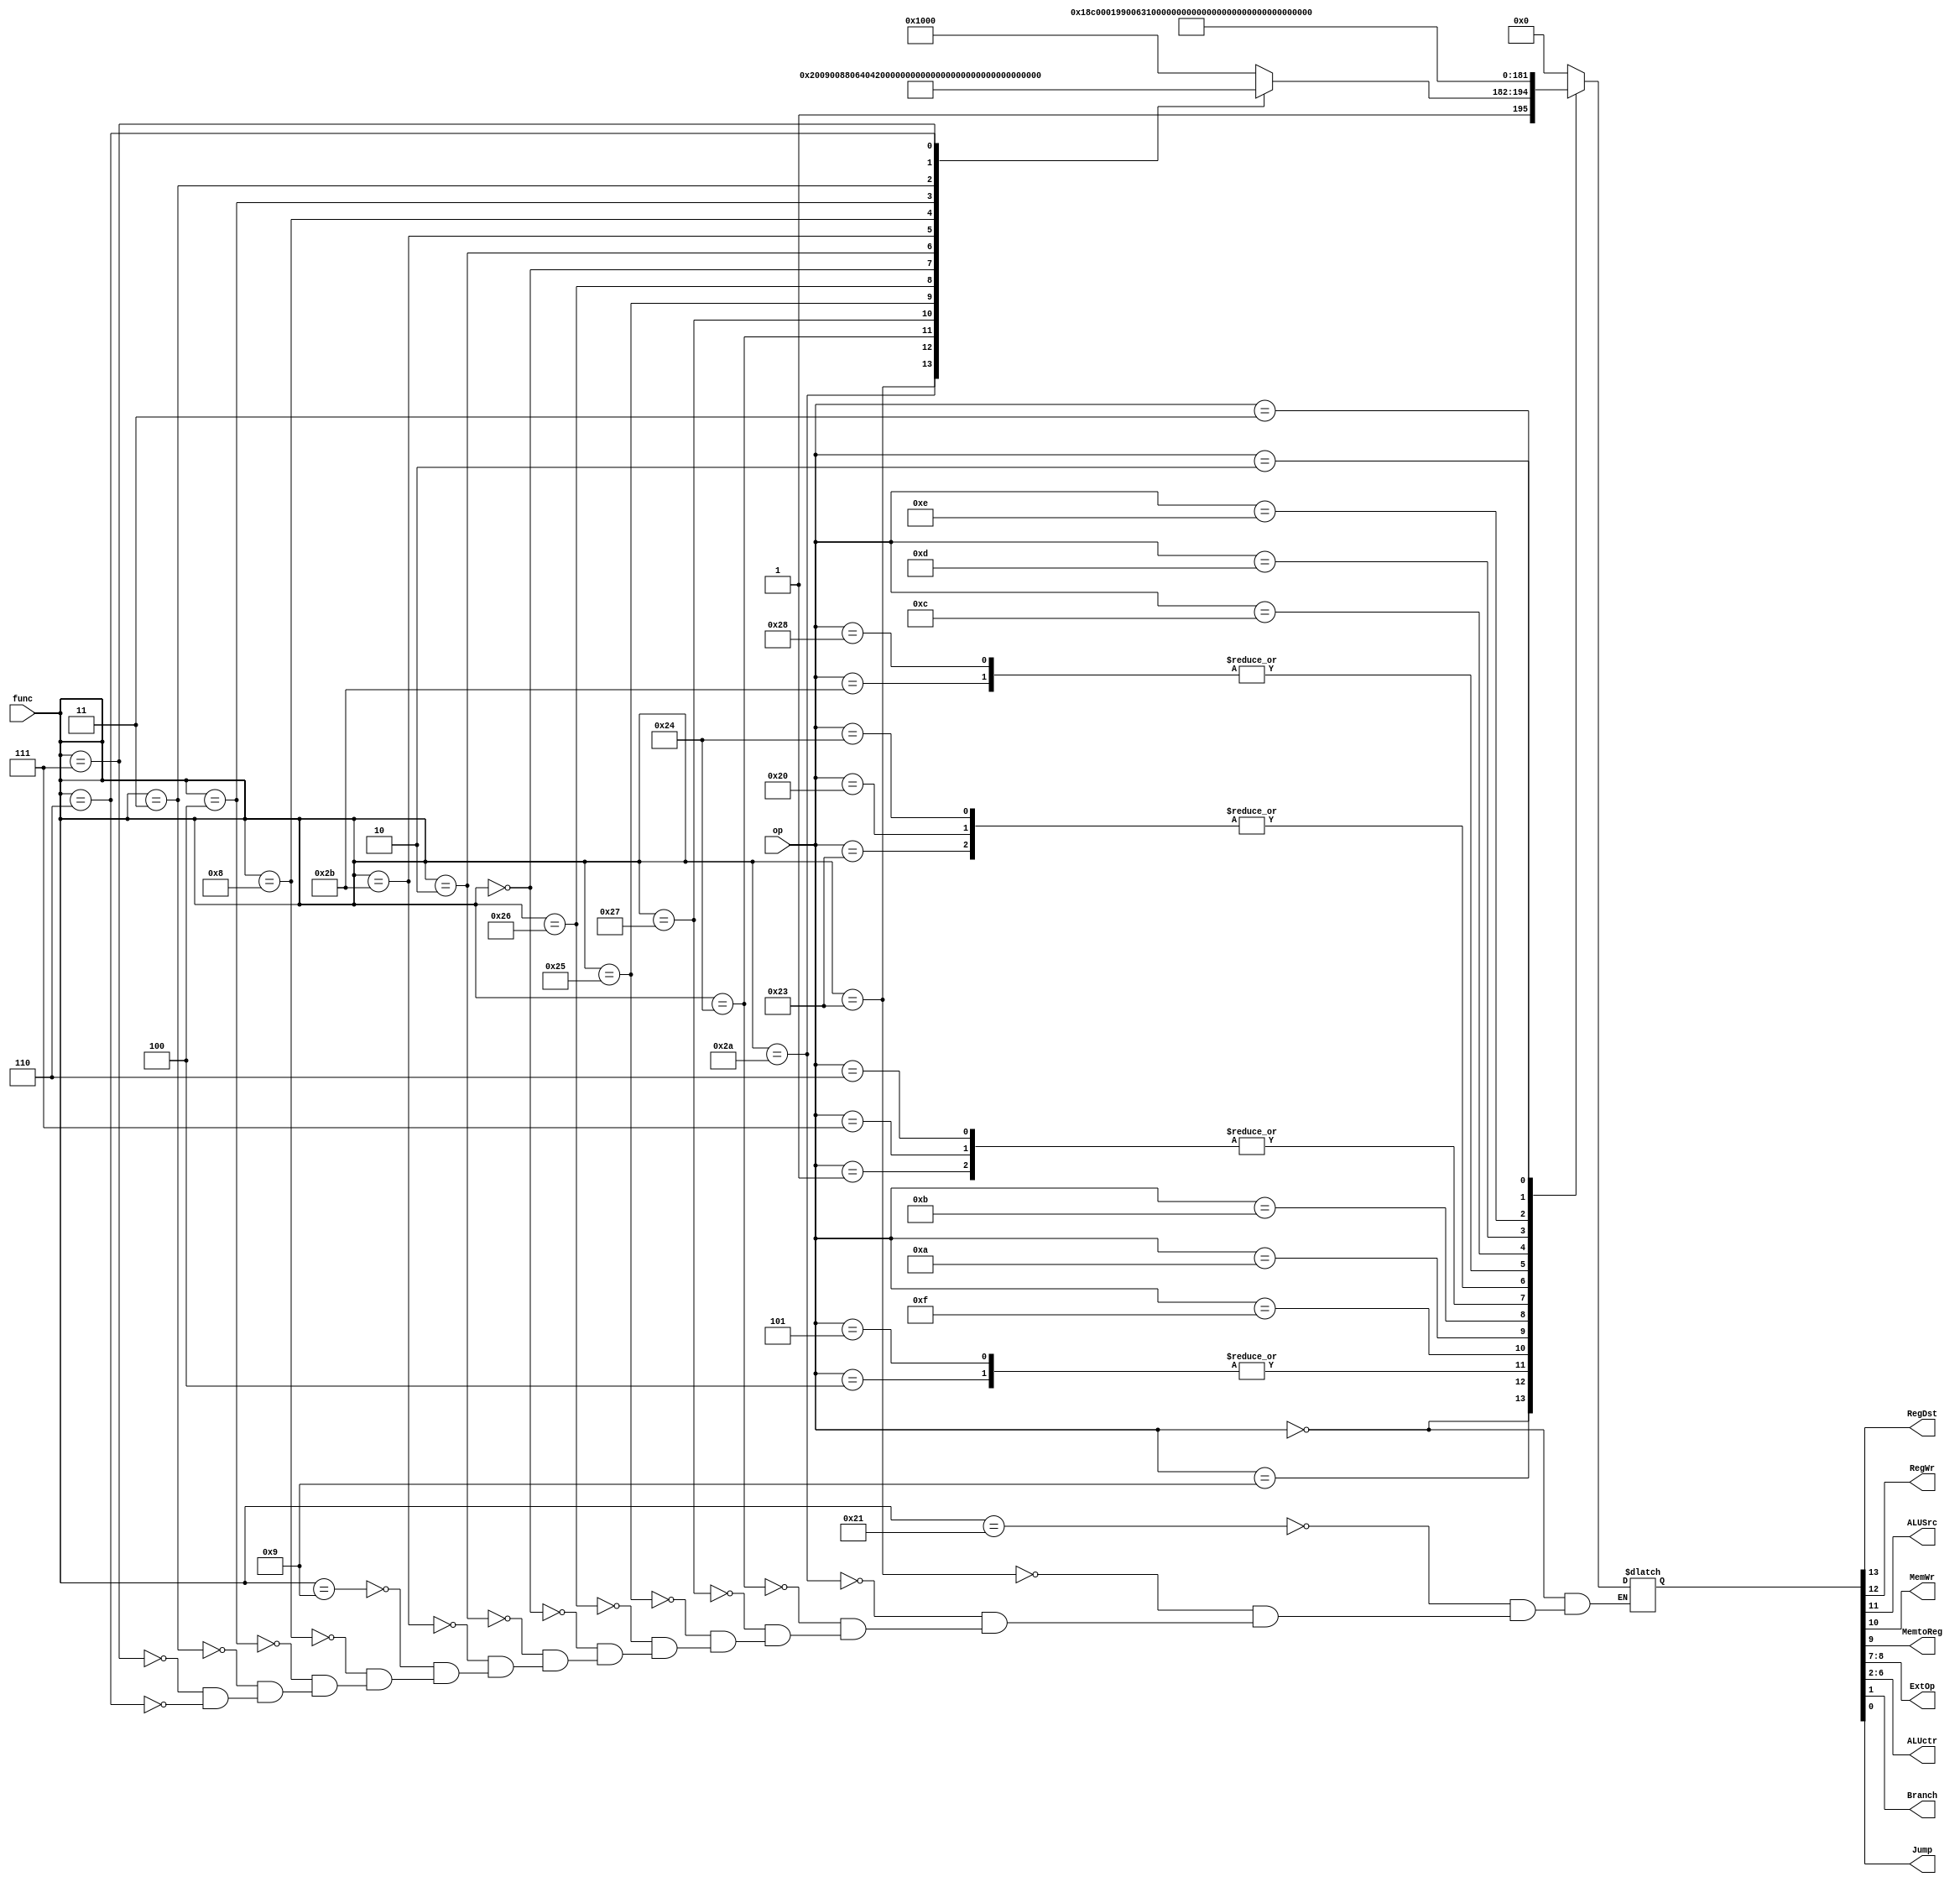
module ctrl(op, func, RegDst, RegWr, ALUSrc, MemWr, MemtoReg, ExtOp, ALUctr, Branch, Jump);

input[5:0] 	op;
input[5:0]	func;
output		RegDst;
output		RegWr;
output		ALUSrc;
output		MemWr;
output		MemtoReg;
output[1:0]	ExtOp;
output[4:0]	ALUctr;
output		Branch;
output		Jump;		

reg[13:0]	controls;

assign {RegDst, RegWr, ALUSrc, MemWr, MemtoReg, ExtOp, ALUctr, Branch, Jump} = controls;

always @(*)
case(op)
	6'b000000:    //R
		begin
			case(func)
				6'b100001: controls <= 14'b11000000000000;//addu
				6'b100011: controls <= 14'b11000000000100;//subu
				6'b101010: controls <= 14'b11000000001000;//slt
				6'b100100: controls <= 14'b11000000001100;//and
				6'b100111: controls <= 14'b11000000010000;//nor
				6'b100101: controls <= 14'b11000000010100;//or
				6'b100110: controls <= 14'b11000000011000;//xor
				6'b000000: controls <= 14'b11000000011100;//sll
				6'b000010: controls <= 14'b11000000100000;//srl
				6'b101011: controls <= 14'b11000000100100;//sltu
				6'b001001: controls <= 14'b11000000000000;//jalr
				6'b001000: controls <= 14'b10000000000000;//jr
				6'b000100: controls <= 14'b11000000110000;//sllv
				6'b000011: controls <= 14'b11000000110100;//sra
				6'b000111: controls <= 14'b11000000111000;//srav
				6'b000110: controls <= 14'b11000000111100;//srlv
			endcase
		end
	6'b001001: controls <= 14'b01100011000000;//addiu
	6'b000100: controls <= 14'b00000000000110;//beq
	6'b000101: controls <= 14'b00000000000110;//bne
	6'b100011: controls <= 14'b01101011000000;//lw
	6'b101011: controls <= 14'b00110011000000;//sw
	6'b001111: controls <= 14'b01100100000000;//lui
	6'b001010: controls <= 14'b01100011000100;//slti
	6'b001011: controls <= 14'b01100011001000;//sltiu
	6'b000001: controls <= 14'b00000000000010;//bgez,bltz 
		
	6'b000111: controls <= 14'b00000000000010;//bgtz
	6'b000110: controls <= 14'b00000000000010;//blez
	6'b100000: controls <= 14'b01101011000000;//lb
	6'b100100: controls <= 14'b01101011000000;//lbu
	6'b101000: controls <= 14'b00110011000000;//sb
	6'b001100: controls <= 14'b01100001001100;//andi
	6'b001101: controls <= 14'b01100001010000;//ori
	6'b001110: controls <= 14'b01100001010100;//xori

	
	6'b000010: controls <= 14'b00000000000001;//j
	6'b000011: controls <= 14'b01000000000001;//jal

	default: controls <= 14'b00000000000000;
endcase
endmodule